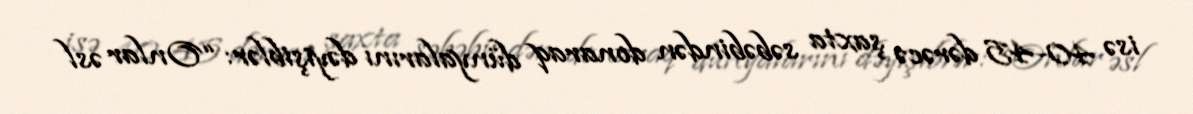
isə 40-45 dərəcə şaxta səbəbindən donaraq dünyalarını dəyişiblər: “Onlar əsl